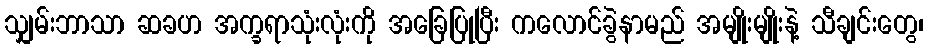
သျှမ်းဘာသာ ဆခဟ အက္ခရာသုံးလုံးကို အခြေပြုပြီး ကလောင်ခွဲနာမည် အမျိုးမျိုးနဲ့ သီချင်းတွေ၊